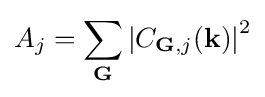
A_{j}=\sum _{\mathbf {G} }\left|C_{\mathbf {G} ,j}(\mathbf {k} )\right|^{2}